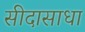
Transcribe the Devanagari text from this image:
सीदासाधा